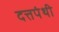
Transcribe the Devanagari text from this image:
दत्तपंथी